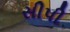
સીપી